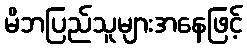
မိဘပြည်သူများအနေဖြင့်